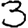
Digit: 3